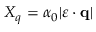
X _ { q } = \alpha _ { 0 } | \boldsymbol { \varepsilon } \cdot { \mathbf { q } } |